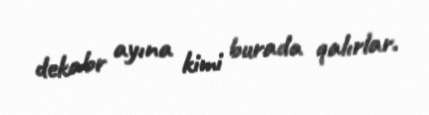
dekabr ayına kimi burada qalırlar.